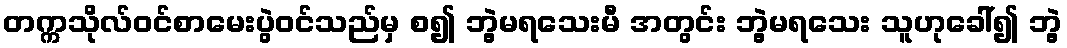
တက္ကသိုလ်ဝင်စာမေးပွဲဝင်သည်မှ စ၍ ဘွဲ့မရသေးမီ အတွင်း ဘွဲ့မရသေး သူဟုခေါ်၍ ဘွဲ့